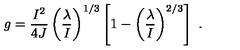
g = { \frac { I ^ { 2 } } { 4 J } } \left( { \frac { \lambda } { I } } \right) ^ { 1 / 3 } \left[ 1 - \left( \frac { \lambda } { I } \right) ^ { 2 / 3 } \right] \ .